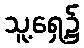
သူ့ရှေ့၌